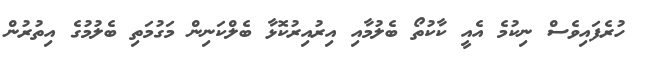
ހުރެފައިވެސް ނިކުމެ އެއީ ކާކުތޯ ބެލުމާއި އިރުއިރުކޮޅާ ބެލްކަނިން މަގުމަތި ބެލުމުގެ އިތުރުން